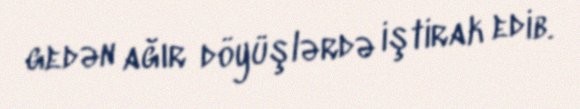
gedən ağır döyüşlərdə iştirak edib.